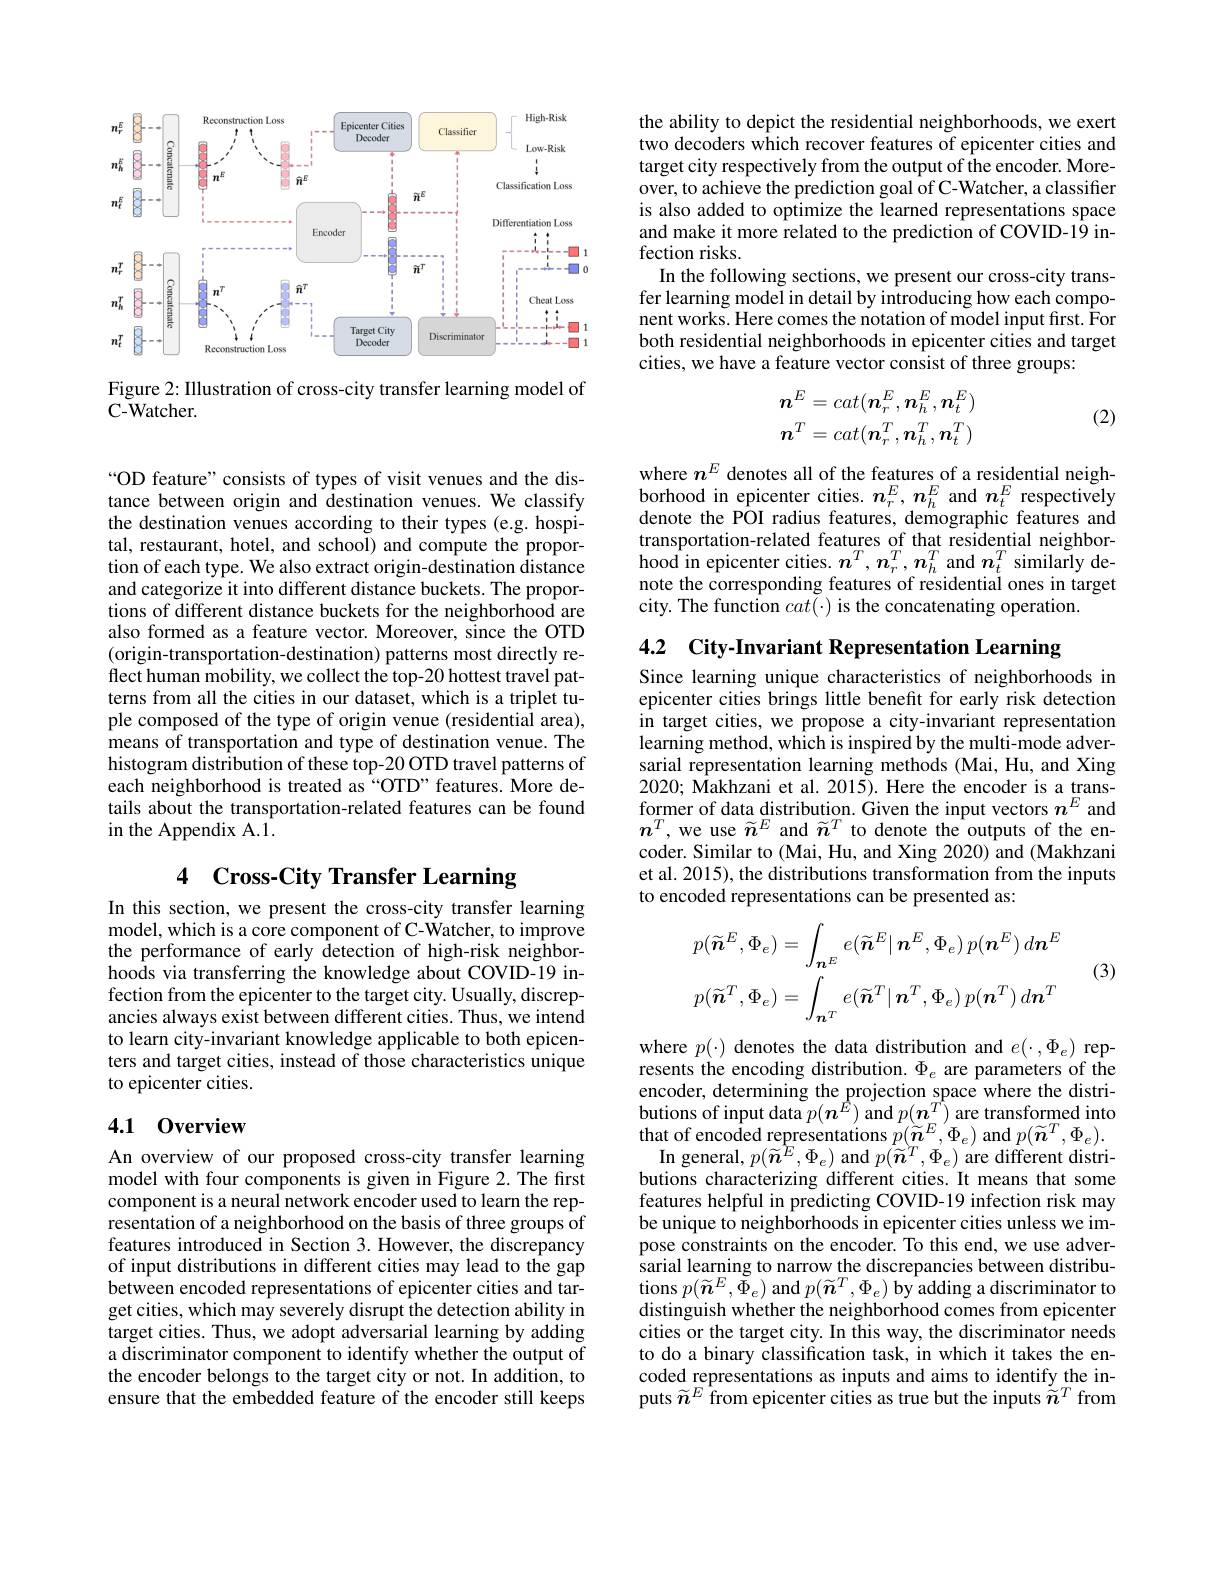
<FigureHere>

Figure 2: IIlustration of cross-city transfer learning model of
C- Watcher.

“OD feature”consists of types of visit venues and the distance between origin and destination venues. We classify the destination venues according to their types (e.g. hospital, restaurant, hotel, and school) and compute the proportion of each type. We also extract origin-destination distance and categorize it into different distance buckets. The proportions of different distance buckets for the neighborhood are also formed as a feature vector. Moreover, since the OTD (origin-transportation-destination) patterns most directly reflect human mobility, we collect the top-20 hottest travel patterns from all the cities in our dataset, which is a triplet tuple composed of the type of origin venue (residential area), means of transportation and type of destination venue. The histogram distribution of these top-20 OTD travel patterns of each neighborhood is treated as “OTD”features. More details about the transportation-related features can be found in the Appendix A.1.

# 4 Cross-City Transfer Learning

In this section, we present the cross-city transfer learning model, which is a core component of C-Watcher, to improve the performance of early detection of high-risk neighborhoods via transferring the knowledge about COVID-19 infection from the epicenter to the target city. Usually, discrepancies always exist between different cities. Thus, we intend to learn city-invariant knowledge applicable to both epicenters and target cities, instead of those characteristics unique to epicenter cities.

## 4.1 0verview

An overview of our proposed cross-city transfer learning model with four components is given in Figure 2. The first component is a neural network encoder used to learn the representation of a neighborhood on the basis of three groups of features introduced in Section 3. However, the discrepancy of input distributions in different cities may lead to the gap between encoded representations of epicenter cities and target cities, which may severely disrupt the detection ability in target cities. Thus, we adopt adversarial learning by adding a discriminator component to identify whether the output of the encoder belongs to the target city or not. In addition, to ensure that the embedded feature of the encoder still keeps

the ability to depict the residential neighborhoods, we exert two decoders which recover features of epicenter cities and target city respectively from the output of the encoder. Moreover, to achieve the prediction goal of C-Watcher, a classifier is also added to optimize the learned representations space and make it more related to the prediction of COVID-19 infection risks.
In the following sections, we present our cross-city transfer learning model in detail by introducing how each component works. Here comes the notation of model input first. For both residential neighborhoods in epicenter cities and target cities, we have a feature vector consist of three groups:

(2)
$$\begin{aligned}\boldsymbol{n}^E&=cat(\boldsymbol{n}_r^E,\boldsymbol{n}_h^E,\boldsymbol{n}_t^E)\\\boldsymbol{n}^T&=cat(\boldsymbol{n}_r^T,\boldsymbol{n}_h^T,\boldsymbol{n}_t^T)\end{aligned}$$
where $n^E$ denotes all of the features of a residential neighborhood in epicenter cities. $n_r^E,\boldsymbol{n}_h^E$ and $\boldsymbol n_t^E$ respectively denote the POI radius features, demographic features and transportation-related features of that residential neighborhood in epicenter cities. $n^T,\boldsymbol{n}_{r}^T,\boldsymbol{n}_{h}^T$ and $\boldsymbol{n}_t^T$ similarly denote the corresponding features of residential ones in target city. The function $cat(\cdot)$ is the concatenating operation.

4.2 City-Invariant Representation Learning

Since learning unique characteristics of neighborhoods in epicenter cities brings little benefit for early risk detection in target cities, we propose a city-invariant representation learning method, which is inspired by the multi-mode adversarial representation learning methods (Mai, Hu, and Xing 2020; Makhzani et al. 2015). Here the encoder is a transformer of data distribution. Given the input vectors $n^E$ and $n^T$, we use $\widetilde n^E$ and $\widetilde n^T$ to denote the outputs of the encoder. Similar to (Mai, Hu, and Xing 2020) and (Makhzani et al. 2015), the distributions transformation from the inputs to encoded representations can be presented as:
$$p(\widetilde{\boldsymbol{n}}^{E},\Phi_{e})=\int_{\boldsymbol{n}^{E}}e(\widetilde{\boldsymbol{n}}^{E}|\boldsymbol{n}^{E},\Phi_{e})\:p(\boldsymbol{n}^{E})\:d\boldsymbol{n}^{E}\\p(\widetilde{\boldsymbol{n}}^{T},\Phi_{e})=\int_{\boldsymbol{n}^{T}}e(\widetilde{\boldsymbol{n}}^{T}|\boldsymbol{n}^{T},\Phi_{e})\:p(\boldsymbol{n}^{T})\:d\boldsymbol{n}^{T}$$
(3)

where $p(\cdot)$ denotes the data distribution and $e(\cdot,\Phi_e)$ represents the encoding distribution. $\Phi_e$ are parameters of the encoder, determining the projection space where the distributions of input data $p(\boldsymbol{n}^{\hat{E}})$ and $p(\boldsymbol{n}^{T})$ are transformed into that of encoded representations $p(\widetilde{\boldsymbol{n}}^E,\Phi_e)$ and $p(\widetilde{\boldsymbol{n}}^T,\Phi_e).$
In general, $p(\widetilde{\boldsymbol{n}}^{\grave{E}},\Phi_{e})$ and $p(\widetilde{\boldsymbol{n}}^{\grave{T}},\Phi_{e})$ are different distributions characterizing different cities. It means that some features helpful in predicting COVID-19 infection risk may be unique to neighborhoods in epicenter cities unless we impose constraints on the encoder. To this end, we use adversarial learning to narrow the discrepancies between distributions $p(\tilde{\boldsymbol{n}}^{E},\tilde{\Phi}_{e})$ and $p(\tilde{\boldsymbol{n}}^{T},\Phi_{e})$ by adding a discriminator to distinguish whether the neighborhood comes from epicenter cities or the target city. In this way, the discriminator needs to do a binary classification task, in which it takes the encoded representations as inputs and aims to identify the inputs $\widetilde{n}^E$ from epicenter cities as true but the inputs $\tilde{\tilde{n}}^T$ from